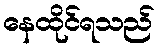
နေထိုင်ရသည်